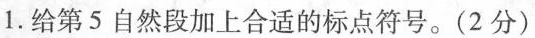
1.给第5自然段加上合适的标点符号。(2分)